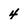
Character: 4